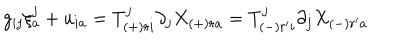
LaTeX: g _ { i j } \xi _ { a } ^ { j } + u _ { i a } = T _ { ( + ) r i } ^ { j } \partial _ { j } X _ { ( + ) r a } = T _ { ( - ) r ^ { \prime } i } ^ { j } \partial _ { j } X _ { ( - ) r ^ { \prime } a }